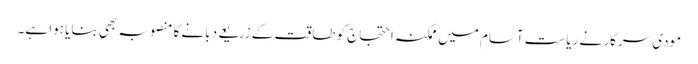
مودی سرکار نے ریاست آسام میں ممکنہ احتجاج کو طاقت کے زریعے دبانے کا منصوبہ بھی بنایا ہوا ہے۔